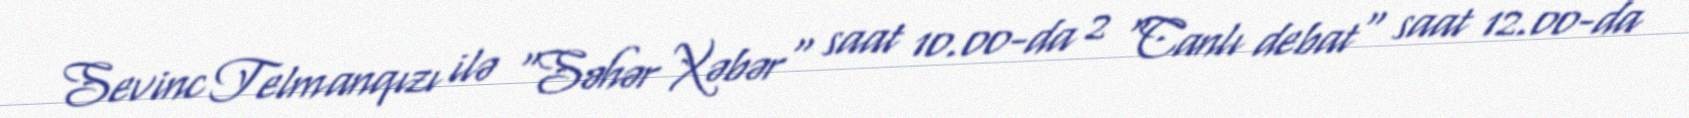
Sevinc Telmanqızı ilə “Səhər Xəbər" saat 10.00-da 2 "Canlı debat" saat 12.00-da